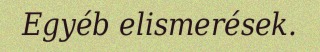
Egyéb elismerések.